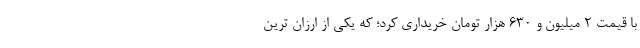
با قیمت 2 میلیون و 630 هزار تومان خریداری کرد؛ که یکی از ارزان ترین